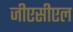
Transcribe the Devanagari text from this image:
जीएसीएल